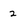
Character: 2